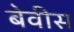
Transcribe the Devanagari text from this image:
बेवीस